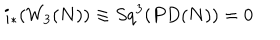
i _ { * } ( W _ { 3 } ( N ) ) \equiv S q ^ { 3 } ( P D ( N ) ) = 0